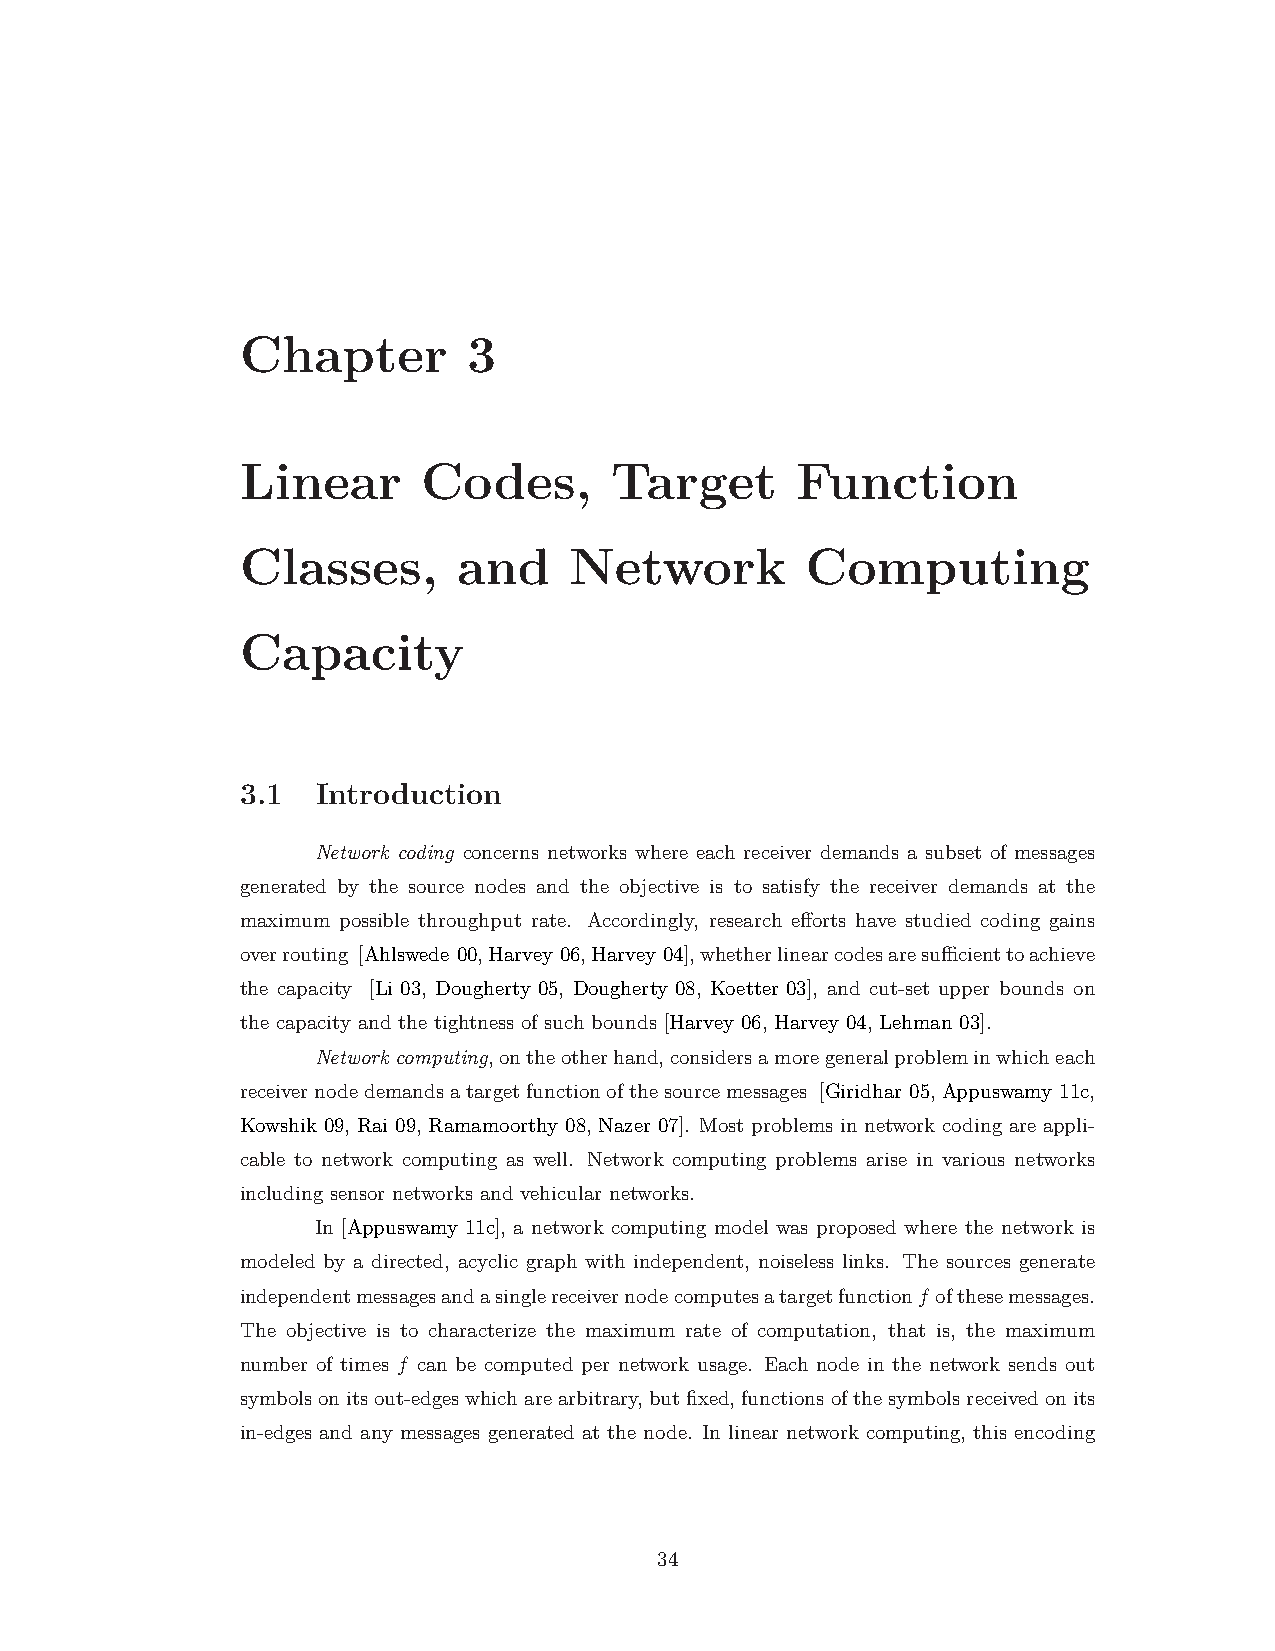
Chapter        3
 Linear      Codes,      Target       Function
 Classes,      and     Network        Computing
 Capacity
 3.1  Introduction
 Network coding concerns networks where each receiver demands a subset of messages
 generated by the source nodes and the objective is to satisfy the receiver demands at the
 maximum possible throughput rate. Accordingly, research efforts have studied coding gains
 overrouting [Ahlswede 00,Harvey 06,Harvey 04],whetherlinearcodesaresufficienttoachieve
 the capacity [Li 03, Dougherty 05, Dougherty 08, Koetter 03], and cut-set upper bounds on
 the capacity and the tightness of such bounds [Harvey 06, Harvey 04, Lehman 03].
 Networkcomputing,ontheotherhand,considersamoregeneralprobleminwhicheach
 receivernodedemandsatargetfunctionofthesourcemessages [Giridhar 05,Appuswamy 11c,
 Kowshik 09, Rai 09, Ramamoorthy 08, Nazer 07]. Most problems in network coding are appli-
 cable to network computing as well. Network computing problems arise in various networks
 including sensor networks and vehicular networks.
 In [Appuswamy 11c], a network computing model was proposed where the network is
 modeled by a directed, acyclic graph with independent, noiseless links. The sources generate
 independentmessagesandasinglereceivernodecomputesatargetfunctionf ofthesemessages.
 The objective is to characterize the maximum rate of computation, that is, the maximum
 number of times f can be computed per network usage. Each node in the network sends out
 symbolsonitsout-edgeswhicharearbitrary,butfixed,functionsofthesymbolsreceivedonits
 in-edges and any messages generated at the node. In linear network computing, this encoding
 34